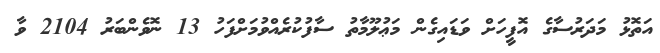
އަތޮޅު މަދަރުސާގެ އޮފީހަށް ވަޑައިގެން މަޢުލޫމާތު ސާފުކުރެއްވުމަށްފަހު 13 ނޮވެންބަރު 2104 ވާ